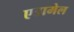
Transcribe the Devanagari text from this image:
एडामेल